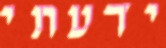
ידעתי